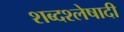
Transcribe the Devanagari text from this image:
शब्दश्लेषादी